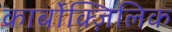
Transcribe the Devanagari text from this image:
कार्बोक्ज़िलिक